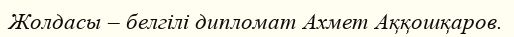
Жолдасы – белгілі дипломат Ахмет Аққошқаров.